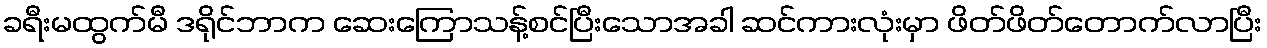
ခရီးမထွက်မီ ဒရိုင်ဘာက ဆေးကြောသန့်စင်ပြီးသောအခါ ဆင်ကားလုံးမှာ ဖိတ်ဖိတ်တောက်လာပြီး